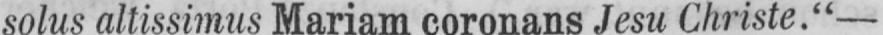
solus altissimus Mariam coronans Jesu Christe.“ -